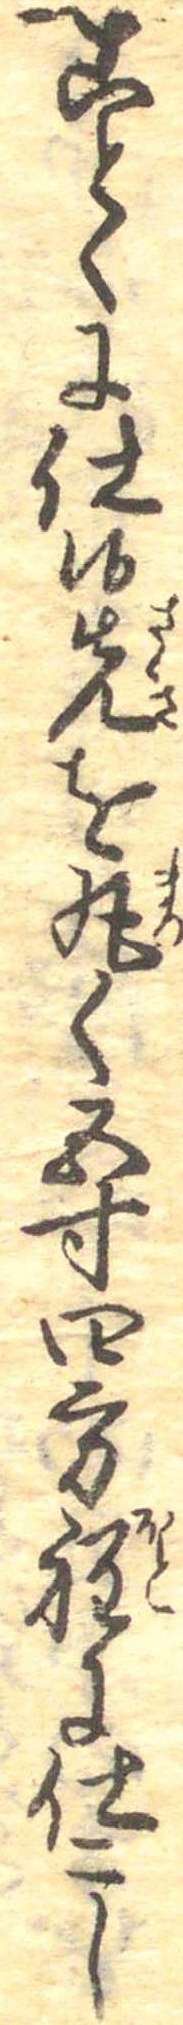
ことくに仕候先を丸く五寸四方程に仕こし